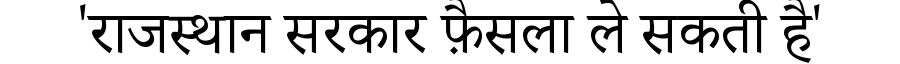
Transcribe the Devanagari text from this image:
'राजस्थान सरकार फ़ैसला ले सकती है'